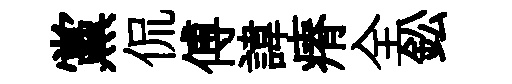
黨侃傅諱瘠全鈆